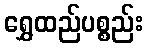
ရွှေထည်ပစ္စည်း